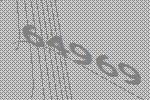
64969